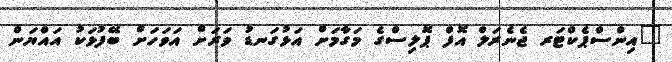
"އިންސްޕެކްޓަރ ޖެނެރަލް އޮފް ޕޮލިސްގެ މަގާމަށް އަޅުގަނޑު ވަރަށް އަވަހަށް ބޭފުޅަކު އައްޔަން